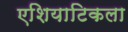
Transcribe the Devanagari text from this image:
एशियाटिकला